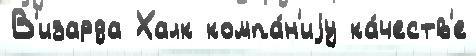
В'изарда Халк компа́н'иjу ка́честв'е